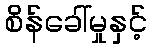
စိန်ခေါ်မှုနှင့်